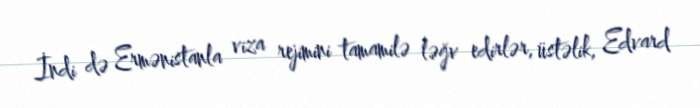
İndi də Ermənistanla viza rejimini tamamilə ləğv edirlər, üstəlik, Edvard